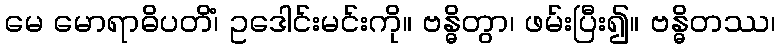
မေ မောရာဓိပတိံ၊ ဥဒေါင်းမင်းကို။ ဗန္ဓိတွာ၊ ဖမ်းပြီး၍။ ဗန္ဓိတဿ၊